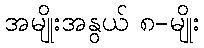
အမျိုးအနွယ် ၈-မျိုး